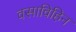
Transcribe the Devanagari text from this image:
वसाविहिन